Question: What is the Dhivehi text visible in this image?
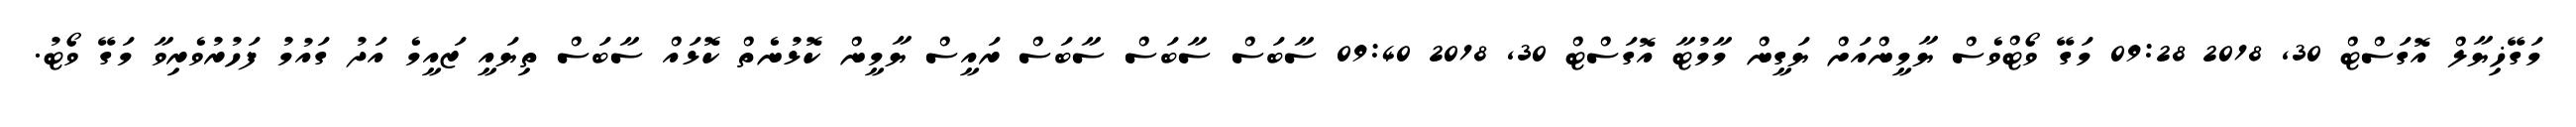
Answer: މަގޭޚިޔާލް އޮގަސްޓް 30, 2018 09:28 މަގޭ ވޯޓްވެސް ޔާމީންއަށް ޔަގީން މާމުޓާ އޮގަސްޓް 30, 2018 09:40 ސާބަސް ސާބަސް ސާބަސް ރައީސް ޔާމީން ކޮޅުނެތް ކޮޅައް ސާބަސް ތިޔައީ ޒައީމެ އަދު ގައުމު ފަހުރުވެރިވާ މަގޭ ވޯޓު.